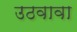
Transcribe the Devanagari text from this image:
उठवावा